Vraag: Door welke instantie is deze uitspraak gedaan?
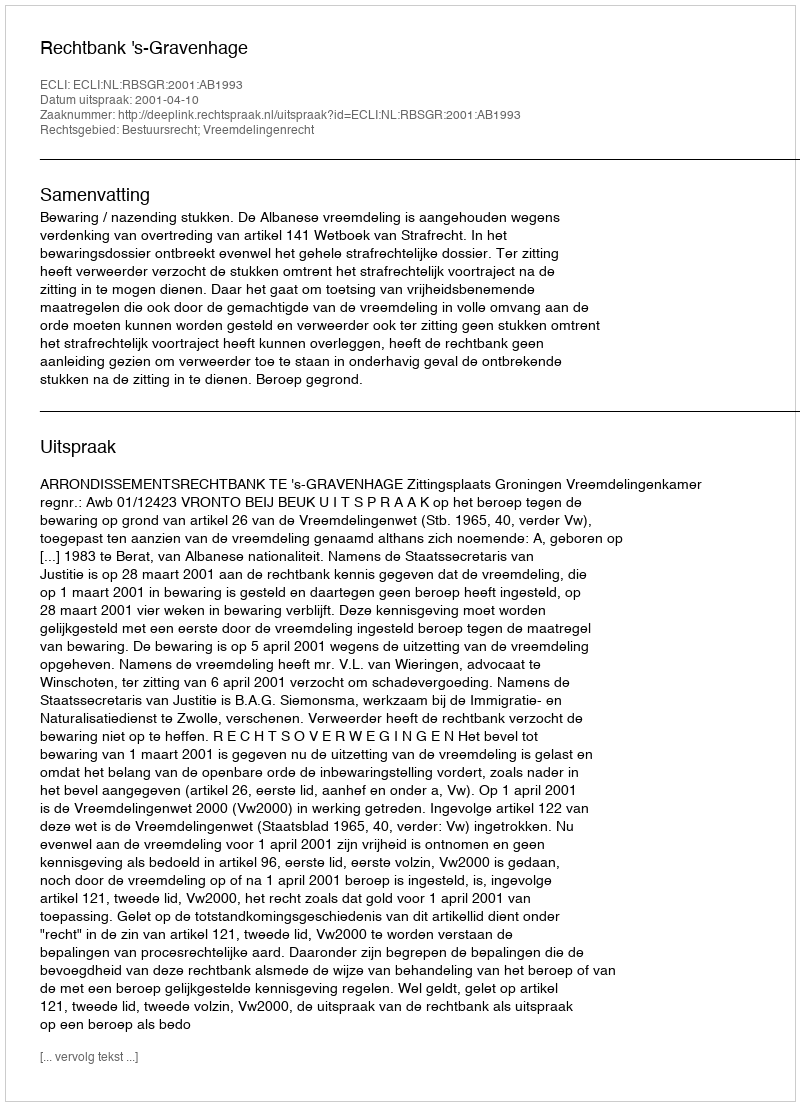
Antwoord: Rechtbank 's-Gravenhage